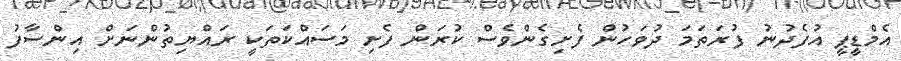
އެމްޑީޕީ އުފެދުނު ފުރަތަމަ ދުވަހުން ފެށިގެންވެސް ކުރަން ފެށި މަސައްކަތަކީ ރައްޔިތުންނަށް އިންސާފު